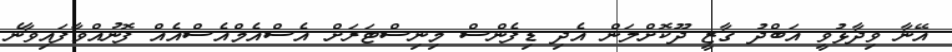
އޭނާ ވިދާޅުވީ އަބްދު ގާޒީ ދޫކޮށްލަން އެދި ޑިފެންސް މިނިސްޓަރަށް އެސްއެމްއެސްއެއް ފޮނުއްވާފައިވާނެ